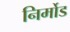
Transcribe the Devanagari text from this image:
निर्मोड